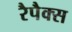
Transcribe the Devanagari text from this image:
रैपैक्स